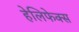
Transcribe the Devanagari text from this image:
हेलिफेक्स